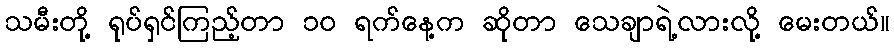
သမီးတို့ ရုပ်ရှင်ကြည့်တာ ၁၀ ရက်နေ့က ဆိုတာ သေချာရဲ့လားလို့ မေးတယ်။